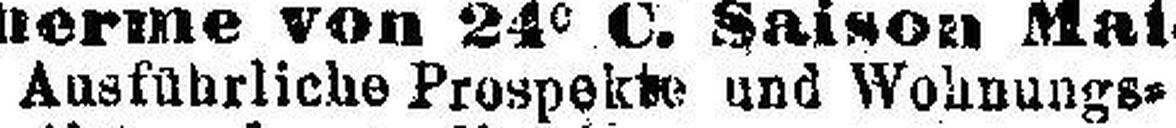
Ausführliche Prospekte und Wohnung.